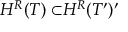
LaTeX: H ^ { R } { \cal ( T ) \subset } H ^ { R } { \cal ( T ^ { \prime } ) ^ { \prime } }